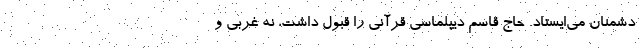
دشمنان می‌ایستاد. حاج قاسم دیپلماسی قرآنی را قبول داشت، نه غربی و